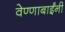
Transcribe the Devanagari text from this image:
वेण्णाबाईंनी